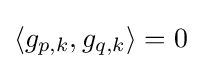
\langle g_{p,k},g_{q,k}\rangle =0